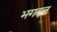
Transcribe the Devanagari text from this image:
भगदत्त्